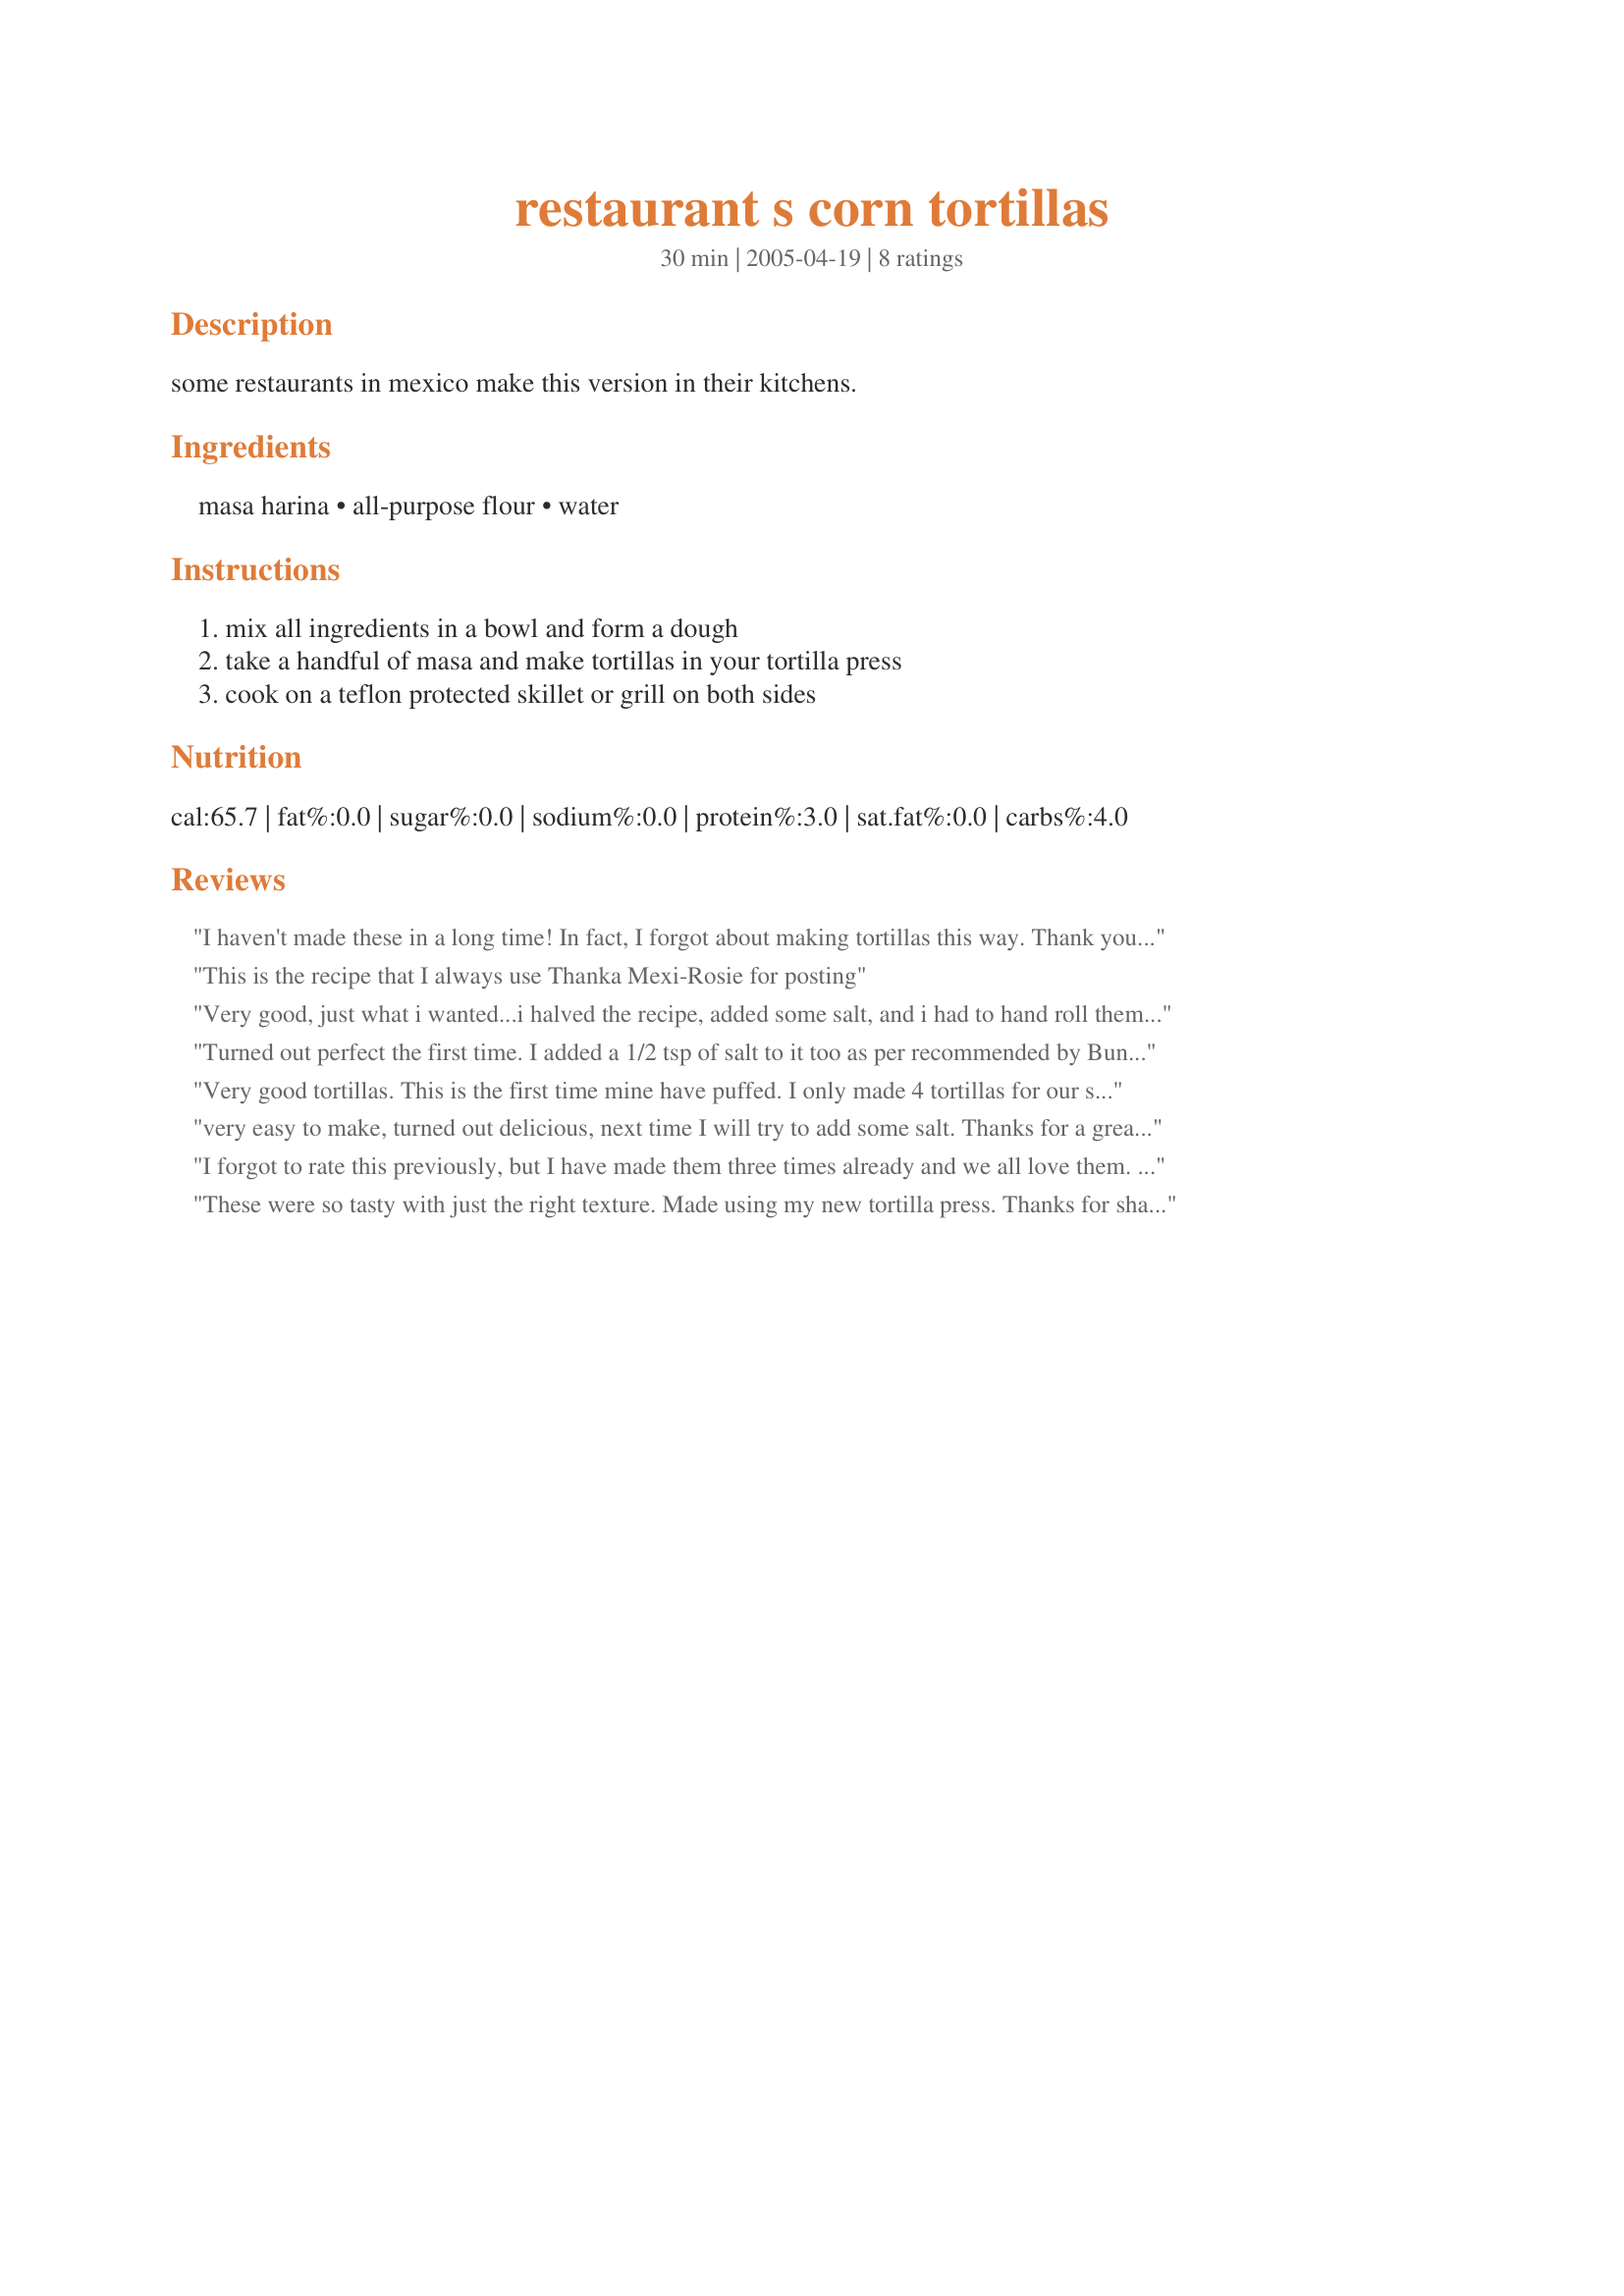
restaurant s corn tortillas
Preparation time: 30 minutes

some restaurants in mexico make this version in their kitchens.

Ingredients:
masa harina, all-purpose flour, water

Steps:
mix all ingredients in a bowl and form a dough, take a handful of masa and make tortillas in your tortilla press, cook on a teflon protected skillet or grill on both sides

Reviews:
I haven't made these in a long time! In fact, I forgot about making tortillas this way. Thank you for posting the recipe. Used my old cast iron skillet to dry cook the tortillas. ¡Excelente! Thanks, Mexi-Rosie!
This is the recipe that I always use Thanka Mexi-Rosie for posting
Very good, just what i wanted...i halved the recipe, added some salt, and i had to hand roll them out into circles (which was pretty hard)...but it was worth it =)
much better than buying packaged tortillas!!
Turned out perfect the first time. I added a 1/2 tsp of salt to it too as per recommended by Bunnygirl. I will cut it in half next time, this made me about 36 toritllas.
Very good tortillas. This is the first time mine have puffed. I only made 4 tortillas for our shrimp tacos. Easy to do with a tortilla press.
very easy to make, turned out delicious, next time I will try to add some salt. Thanks for a great recipe!
I forgot to rate this previously, but I have made them three times already and we all love them. The only addition was a little bit of salt. Who knew they were so easy to make? Thanks for sharing.
These were so tasty with just the right texture. Made using my new tortilla press. Thanks for sharing Mexi-Rose.
